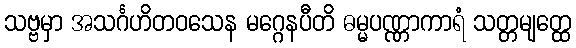
သဗ္ဗမှာ အသင်္ဂဟိတဝသေန မဂ္ဂေနပီတိ ဓမ္မပဏ္ဏာကာရံ သတ္တမျတ္ထေ